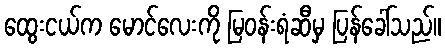
ထွေးငယ်က မောင်လေးကို မြဝန်းရံဆီမှ ပြန်ခေါ်သည်။